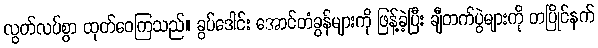
လွတ်လပ်စွာ ထုတ်ဝေကြသည်။ ခွပ်ဒေါင်း အောင်တံခွန်များကို ဖြန့်ခဲ့ပြီး ချီတက်ပွဲများကို တပြိုင်နက်